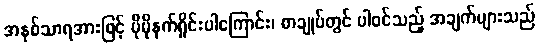
အနှစ်သာရအားဖြင့် ပိုမိုနက်ရှိုင်းပါကြောင်း၊ စာချုပ်တွင် ပါဝင်သည့် အချက်များသည်